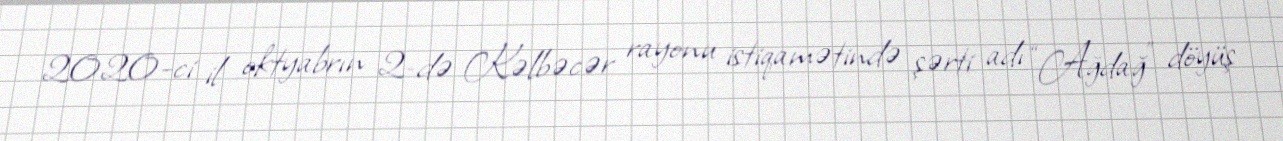
2020-ci il oktyabrın 2-də Kəlbəcər rayonu istiqamətində şərti adı “Ağdağ” döyüş